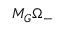
M _ { G } \Omega _ { - }